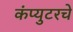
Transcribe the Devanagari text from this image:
कंप्युटरचे